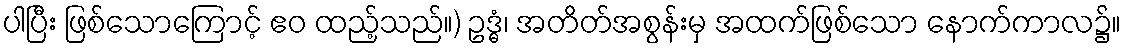
ပါပြီး ဖြစ်သောကြောင့် ဧဝ ထည့်သည်။) ဥဒ္ဓံ၊ အတိတ်အစွန်းမှ အထက်ဖြစ်သော နောက်ကာလ၌။